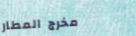
مخرج المطار